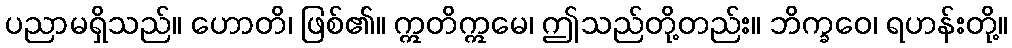
ပညာမရှိသည်။ ဟောတိ၊ ဖြစ်၏။ ဣတိဣမေ၊ ဤသည်တို့တည်း။ ဘိက္ခဝေ၊ ရဟန်းတို့။